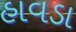
હાવડા